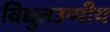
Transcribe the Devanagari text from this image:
विद्युतउष्मीय